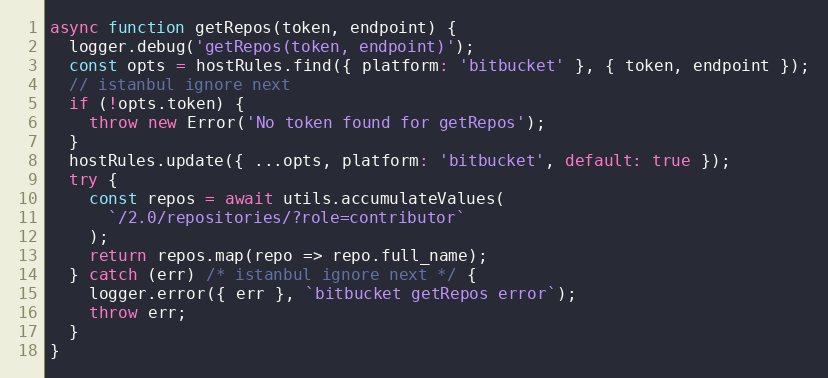
Language: JavaScript
async function getRepos(token, endpoint) {
  logger.debug('getRepos(token, endpoint)');
  const opts = hostRules.find({ platform: 'bitbucket' }, { token, endpoint });
  // istanbul ignore next
  if (!opts.token) {
    throw new Error('No token found for getRepos');
  }
  hostRules.update({ ...opts, platform: 'bitbucket', default: true });
  try {
    const repos = await utils.accumulateValues(
      `/2.0/repositories/?role=contributor`
    );
    return repos.map(repo => repo.full_name);
  } catch (err) /* istanbul ignore next */ {
    logger.error({ err }, `bitbucket getRepos error`);
    throw err;
  }
}